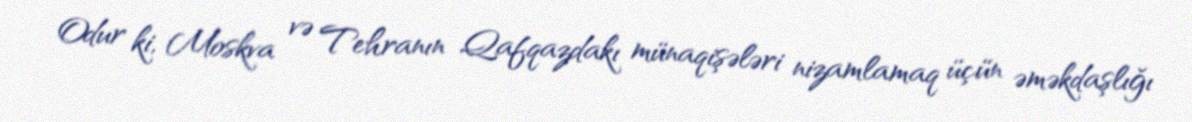
Odur ki, Moskva və Tehranın Qafqazdakı münaqişələri nizamlamaq üçün əməkdaşlığı